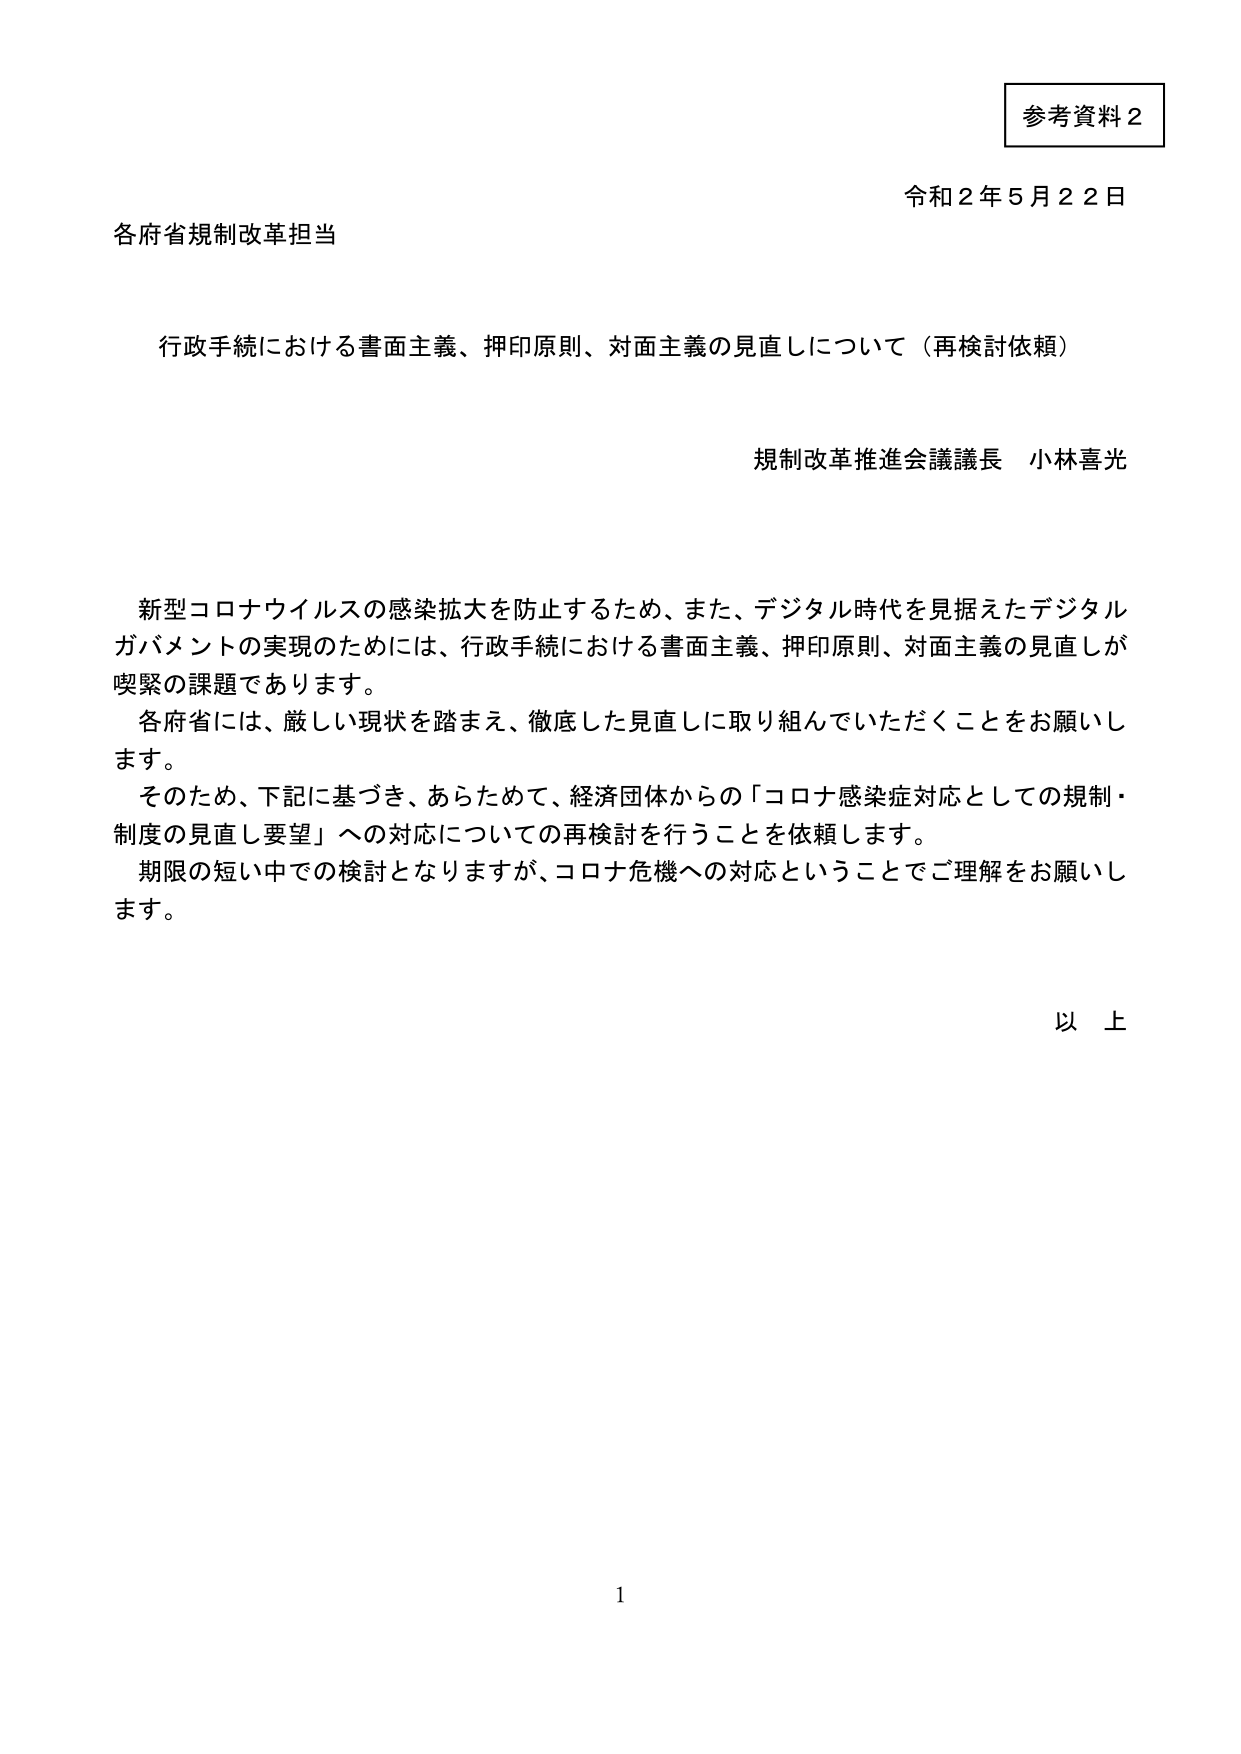
参考資料２

令和２年５月２２日

各府省規制改革担当

行政手続における書面主義、押印原則、対面主義の見直しについて（再検討依頼）

規制改革推進会議議長 小林喜光

新型コロナウイルスの感染拡大を防止するため、また、デジタル時代を見据えたデジタルガバメントの実現のためには、行政手続における書面主義、押印原則、対面主義の見直しが喫緊の課題であります。
各府省には、厳しい現状を踏まえ、徹底した見直しに取り組んでいただくことをお願いします。
そのため、下記に基づき、あらためて、経済団体からの「コロナ感染症対応としての規制・制度の見直し要望」への対応についての再検討を行うことを依頼します。
期限の短い中での検討となりますが、コロナ危機への対応ということでご理解をお願いします。

以上

1